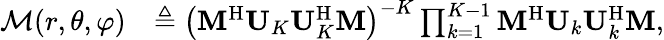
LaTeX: \begin{array}{rl}{\mathcal{M}(r,\theta,\varphi)}&{\triangleq\left(\mathbf{M}^{\mathrm{H}}\mathbf{U}_{K}\mathbf{U}_{K}^{\mathrm{H}}\mathbf{M}\right)^{-K}\prod_{k=1}^{K-1}\mathbf{M}^{\mathrm{H}}\mathbf{U}_{k}\mathbf{U}_{k}^{\mathrm{H}}\mathbf{M},}\end{array}